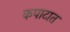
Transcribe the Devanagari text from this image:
कपाटात